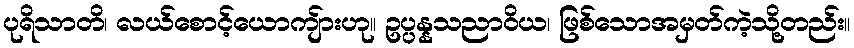
ပုရိသာတိ၊ လယ်စောင့်ယောကျ်ားဟု။ ဥပ္ပန္နသညာဝိယ၊ ဖြစ်သောအမှတ်ကဲ့သို့တည်း။